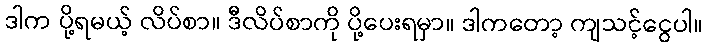
ဒါက ပို့ရမယ့် လိပ်စာ။ ဒီလိပ်စာကို ပို့ပေးရမှာ။ ဒါကတော့ ကျသင့်ငွေပါ။